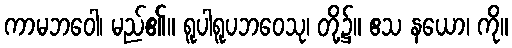
ကာမဘဝေါ၊ မည်၏။ ရူပါရူပဘဝေသု၊ တို့၌။ ဧသ နယော၊ ကို။